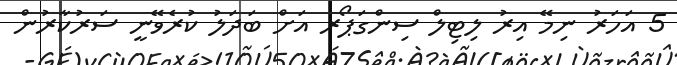
5 އަހަރު ނިމޭ އިރު ލިޓިލް ސިންގަޕޯރ އަށް ބަދަލު ކުރެވޭނީ ސަރުކާރުން